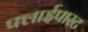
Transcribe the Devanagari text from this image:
फ्लाईपास्ट